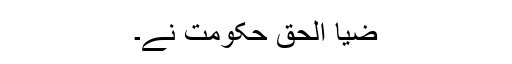
ضیا الحق حکومت نے۔